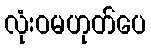
လုံးဝမဟုတ်ပေ